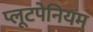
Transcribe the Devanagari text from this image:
प्लूटपेनियम